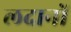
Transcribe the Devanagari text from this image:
लदानों